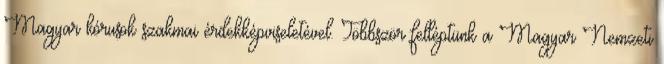
Magyar kórusok szakmai érdekképviseletével. Többször felléptünk a Magyar Nemzeti